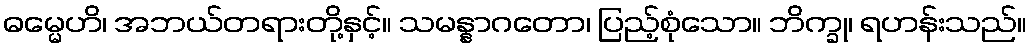
ဓမ္မေဟိ၊ အဘယ်တရားတို့နှင့်။ သမန္နာဂတော၊ ပြည့်စုံသော။ ဘိက္ခု၊ ရဟန်းသည်။